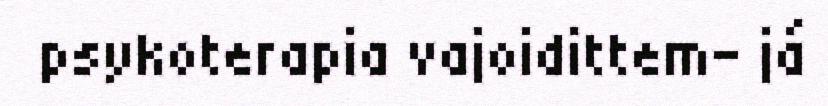
psykoterapia vajoidittem- já